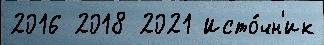
2016 2018 2021 Исто́чн'ик